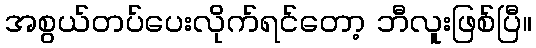
အစွယ်တပ်ပေးလိုက်ရင်တော့ ဘီလူးဖြစ်ပြီ။